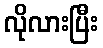
လိုလားပြီး